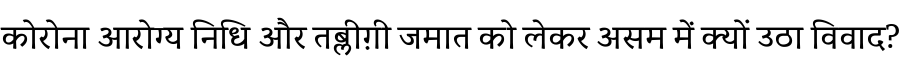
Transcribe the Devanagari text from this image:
कोरोना आरोग्य निधि और तब्लीग़ी जमात को लेकर असम में क्यों उठा विवाद?